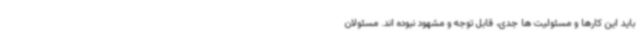
باید این کارها و مسئولیت ها جدی، قابل توجه و مشهود نبوده اند. مسئولان